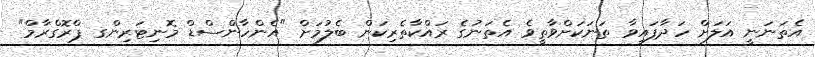
އެތަނަނީ އަލަށް ހަދާފައިވާ ތަނަކަށްވާތީވެ އެތަނުގެ ރައްކާތެރިކަން ބެލުމަށް "އެންހާންސްޑް މޮނިޓަރިންގ ޕްރޮގްރާމް"